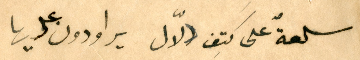
سلعةٌ على كَتِف دلّال يراودون عليها